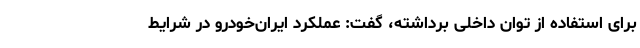
برای استفاده از توان داخلی برداشته، گفت: عملکرد ایران‌خودرو در شرایط